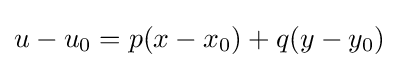
u-u_{0}=p(x-x_{0})+q(y-y_{0})